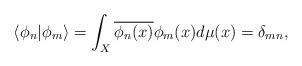
LaTeX: \begin{align*}\langle\phi_n|\phi_m\rangle=\int_X\overline{\phi_n(x)}{\phi_m(x)}d\mu(x)=\delta_{mn},\end{align*}